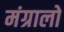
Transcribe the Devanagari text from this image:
मंग्रालो